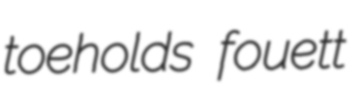
toeholds fouett